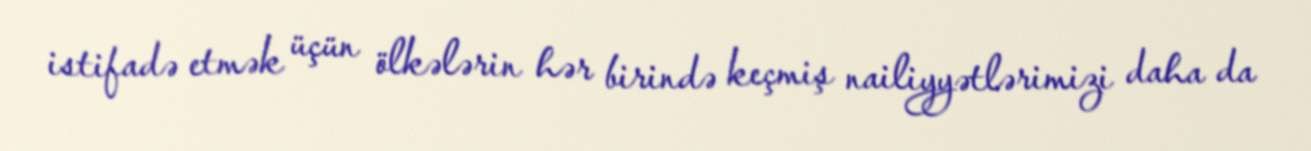
istifadə etmək üçün ölkələrin hər birində keçmiş nailiyyətlərimizi daha da